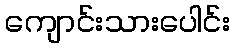
ကျောင်းသားပေါင်း